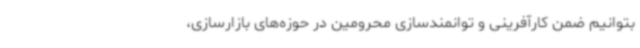
بتوانیم ضمن کارآفرینی و توانمندسازی محرومین در حوزه‌های بازارسازی،